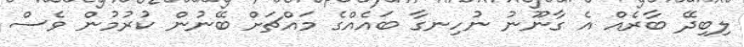
ލިބިދޭ ބާރެއް އެ ގާނޫނު ނުހިނގާ ބައެއްގެ މައްޗަށް ބޭނުން ކުރުމުން ވެސް